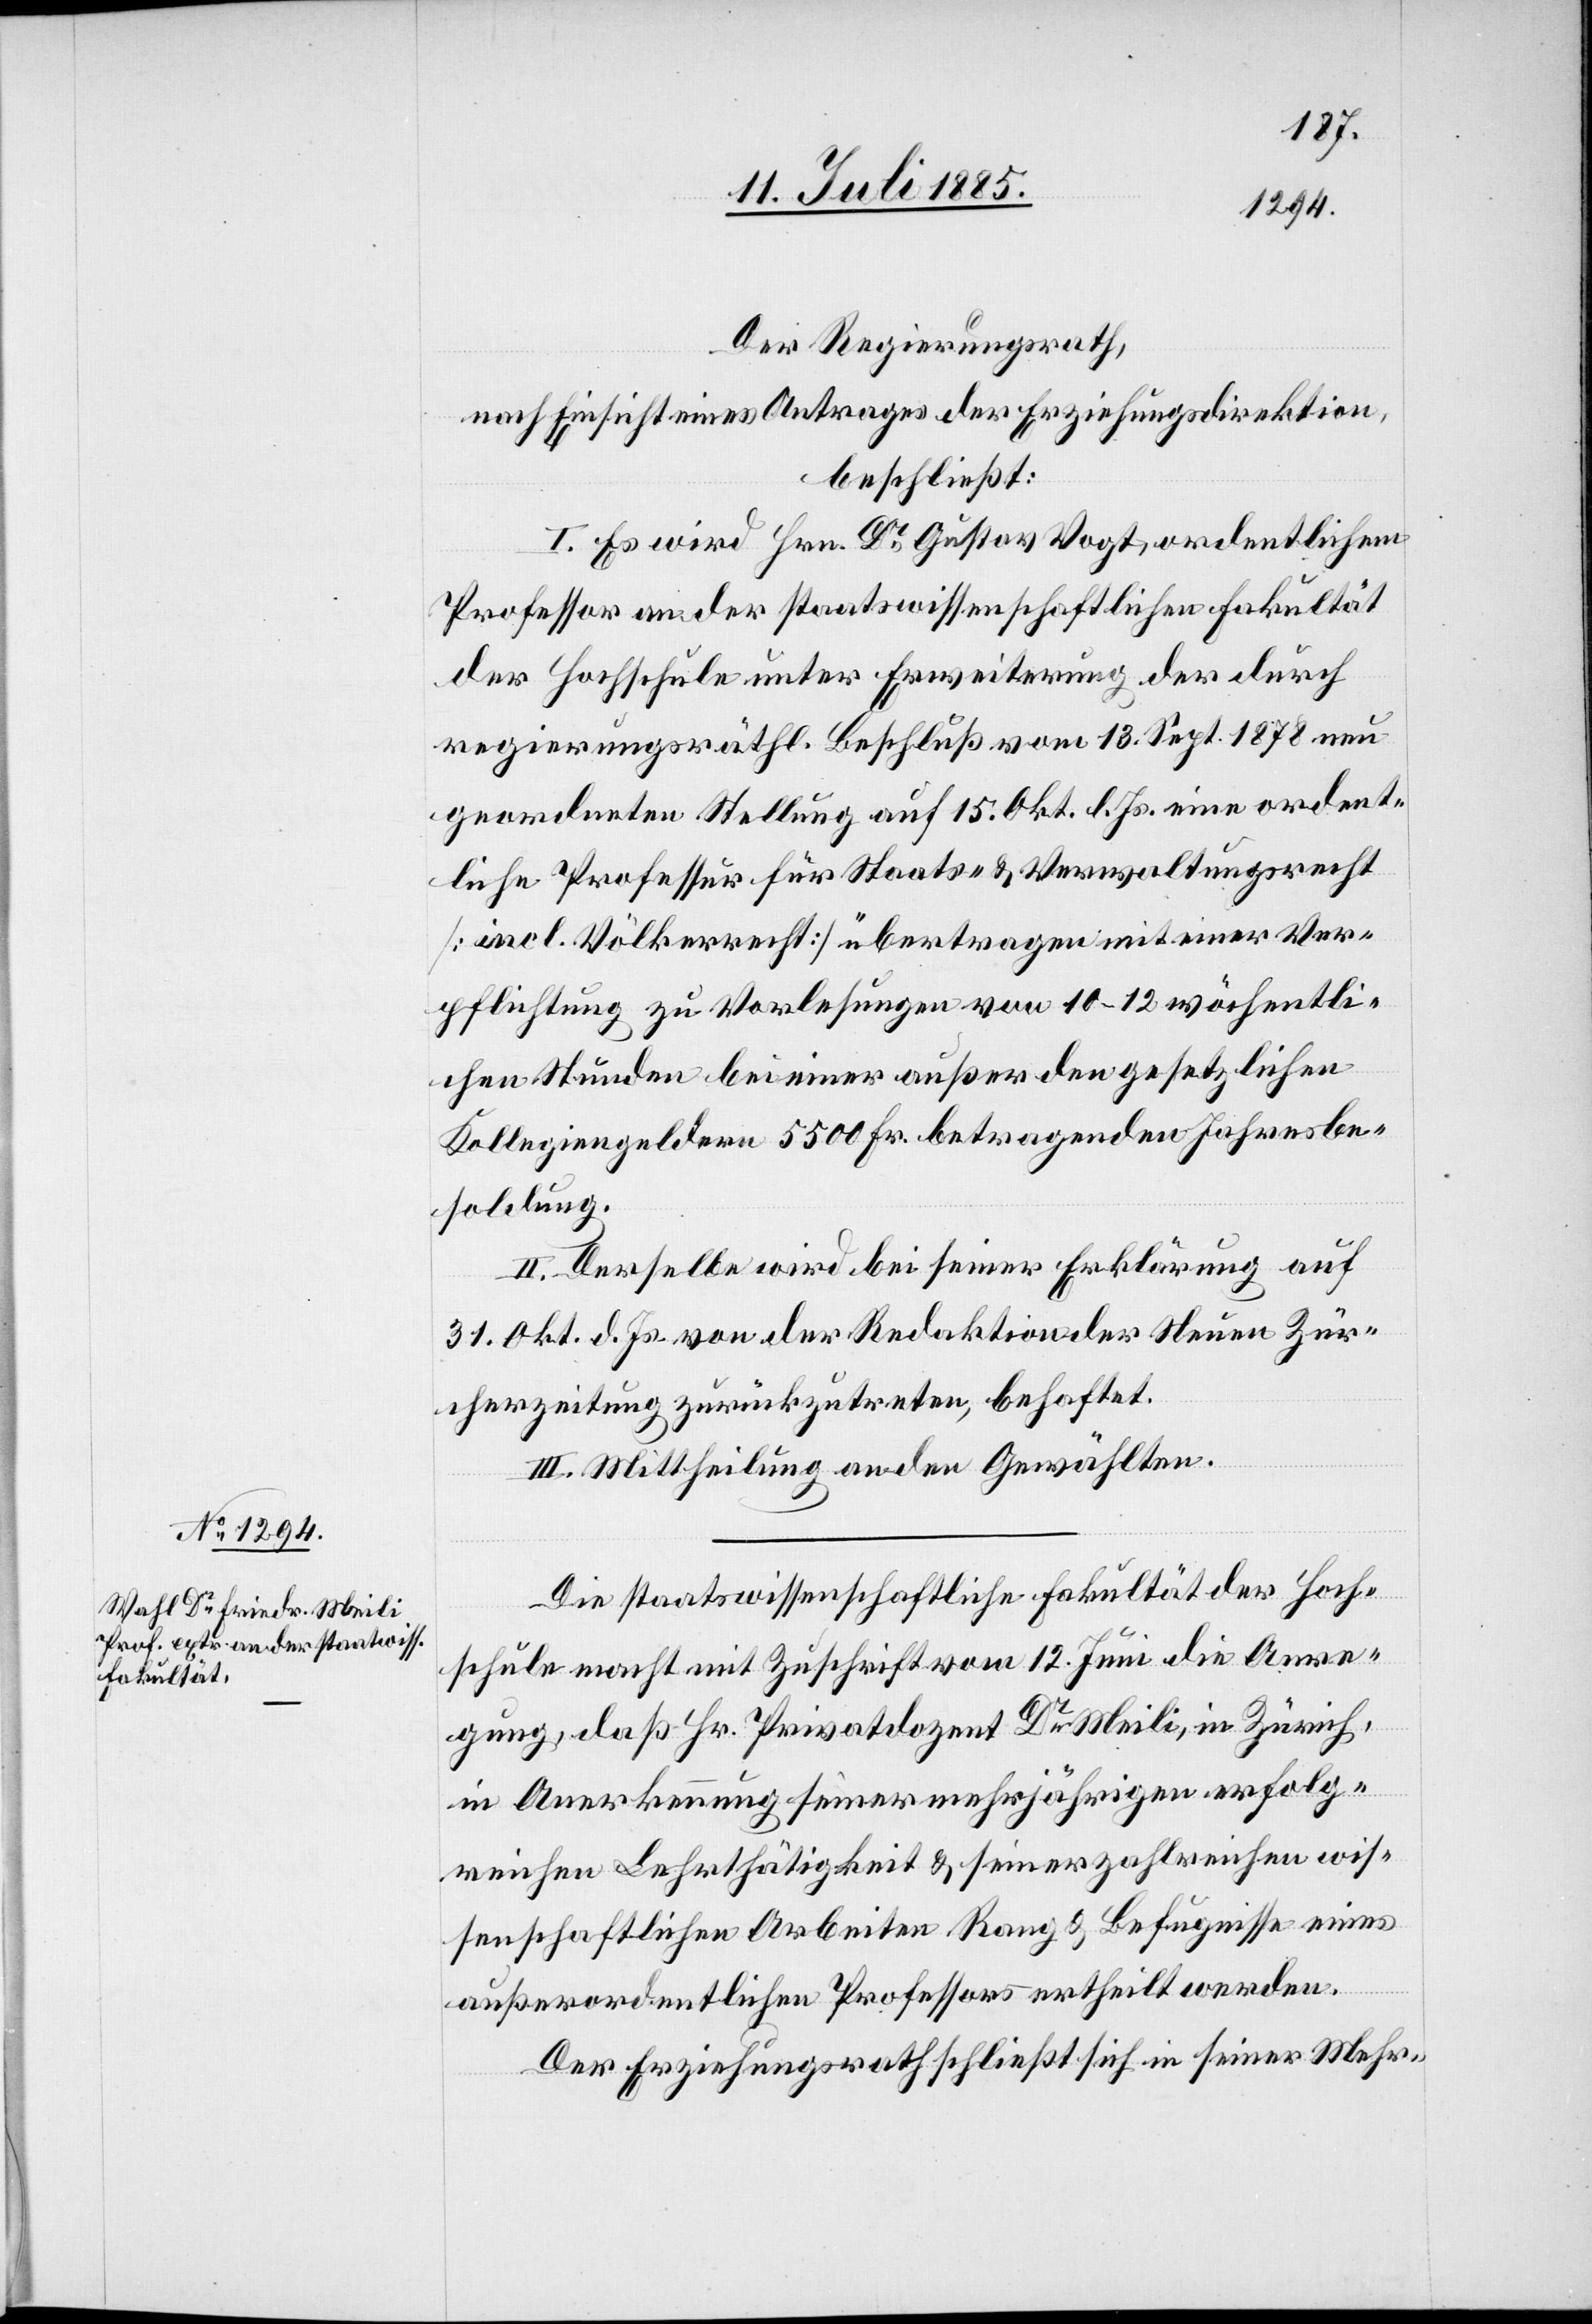
Der Regierungsrath,
nach Einsicht eines Antrages der Erziehungsdirektion,
beschließt:
I. Es wird Hrn. Dr Gustav Vogt, ordentlichem
Professor an der staatswissenschaftlichen Fakultät
der Hochschule unter Erweiterung der durch
regierungsräthl. Beschluß vom 13. Sept. 1878 neu
geordneten Stellung auf 15. Okt. l. Js. eine ordent¬
liche Professur für Staats- & Verwaltungsrecht
[incl. Völkerrecht] übertragen von 10–12 wöc¬
chen Stunden bei einer außer den gesetzlichen
Kollegiengeldern 5500 Fr. betragenden Jahresbe¬
soldung.
II. Derselbe wird bei seiner Erklärung auf
31. Okt. d. Js. von der Redaktion der Neuen Zür¬
cherzeitung zurückzutreten, behaftet.
III. Mittheilung an den Gewählten.
Die staatswissenschaftliche Fakultät der Hoch¬
schule macht mit Zuschrift vom 12. Juni die Anre¬
gung, daß Hr. Privatdozent Dr Meili, in Zürich,
in Anerkennung seiner mehrjährigen erfolg¬
reichen Lehrthätigkeit & seiner zahlreichen wis¬
senschaftlichen Arbeiten Rang & Befugnisse eines
hentli¬
außerordentlichen Professors ertheilt werden.
Der Erziehungsrath schließt sich in seiner Mehr-